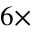
6 \times